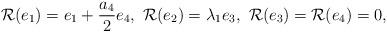
LaTeX: \begin{align*} \mathcal{R}(e_1)= e_1 + \frac{a_{4}}{2}e_4,\ \mathcal{R}(e_2)=\lambda_1 e_3,\ \mathcal{R} (e_3)= \mathcal{R}(e_4) = 0,\end{align*}